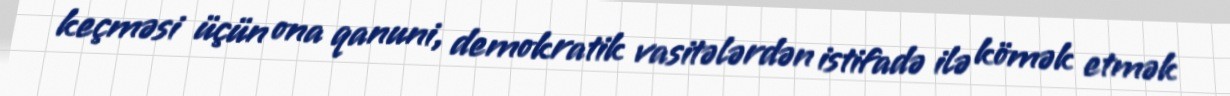
keçməsi üçün ona qanuni, demokratik vasitələrdən istifadə ilə kömək etmək